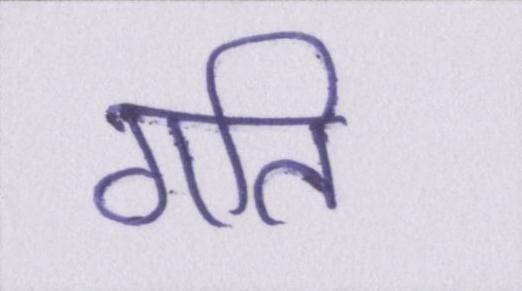
गति